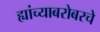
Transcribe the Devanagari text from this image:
ह्यांच्याबरोबरचे